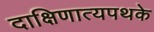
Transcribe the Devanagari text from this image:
दाक्षिणात्यपथके